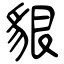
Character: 貇